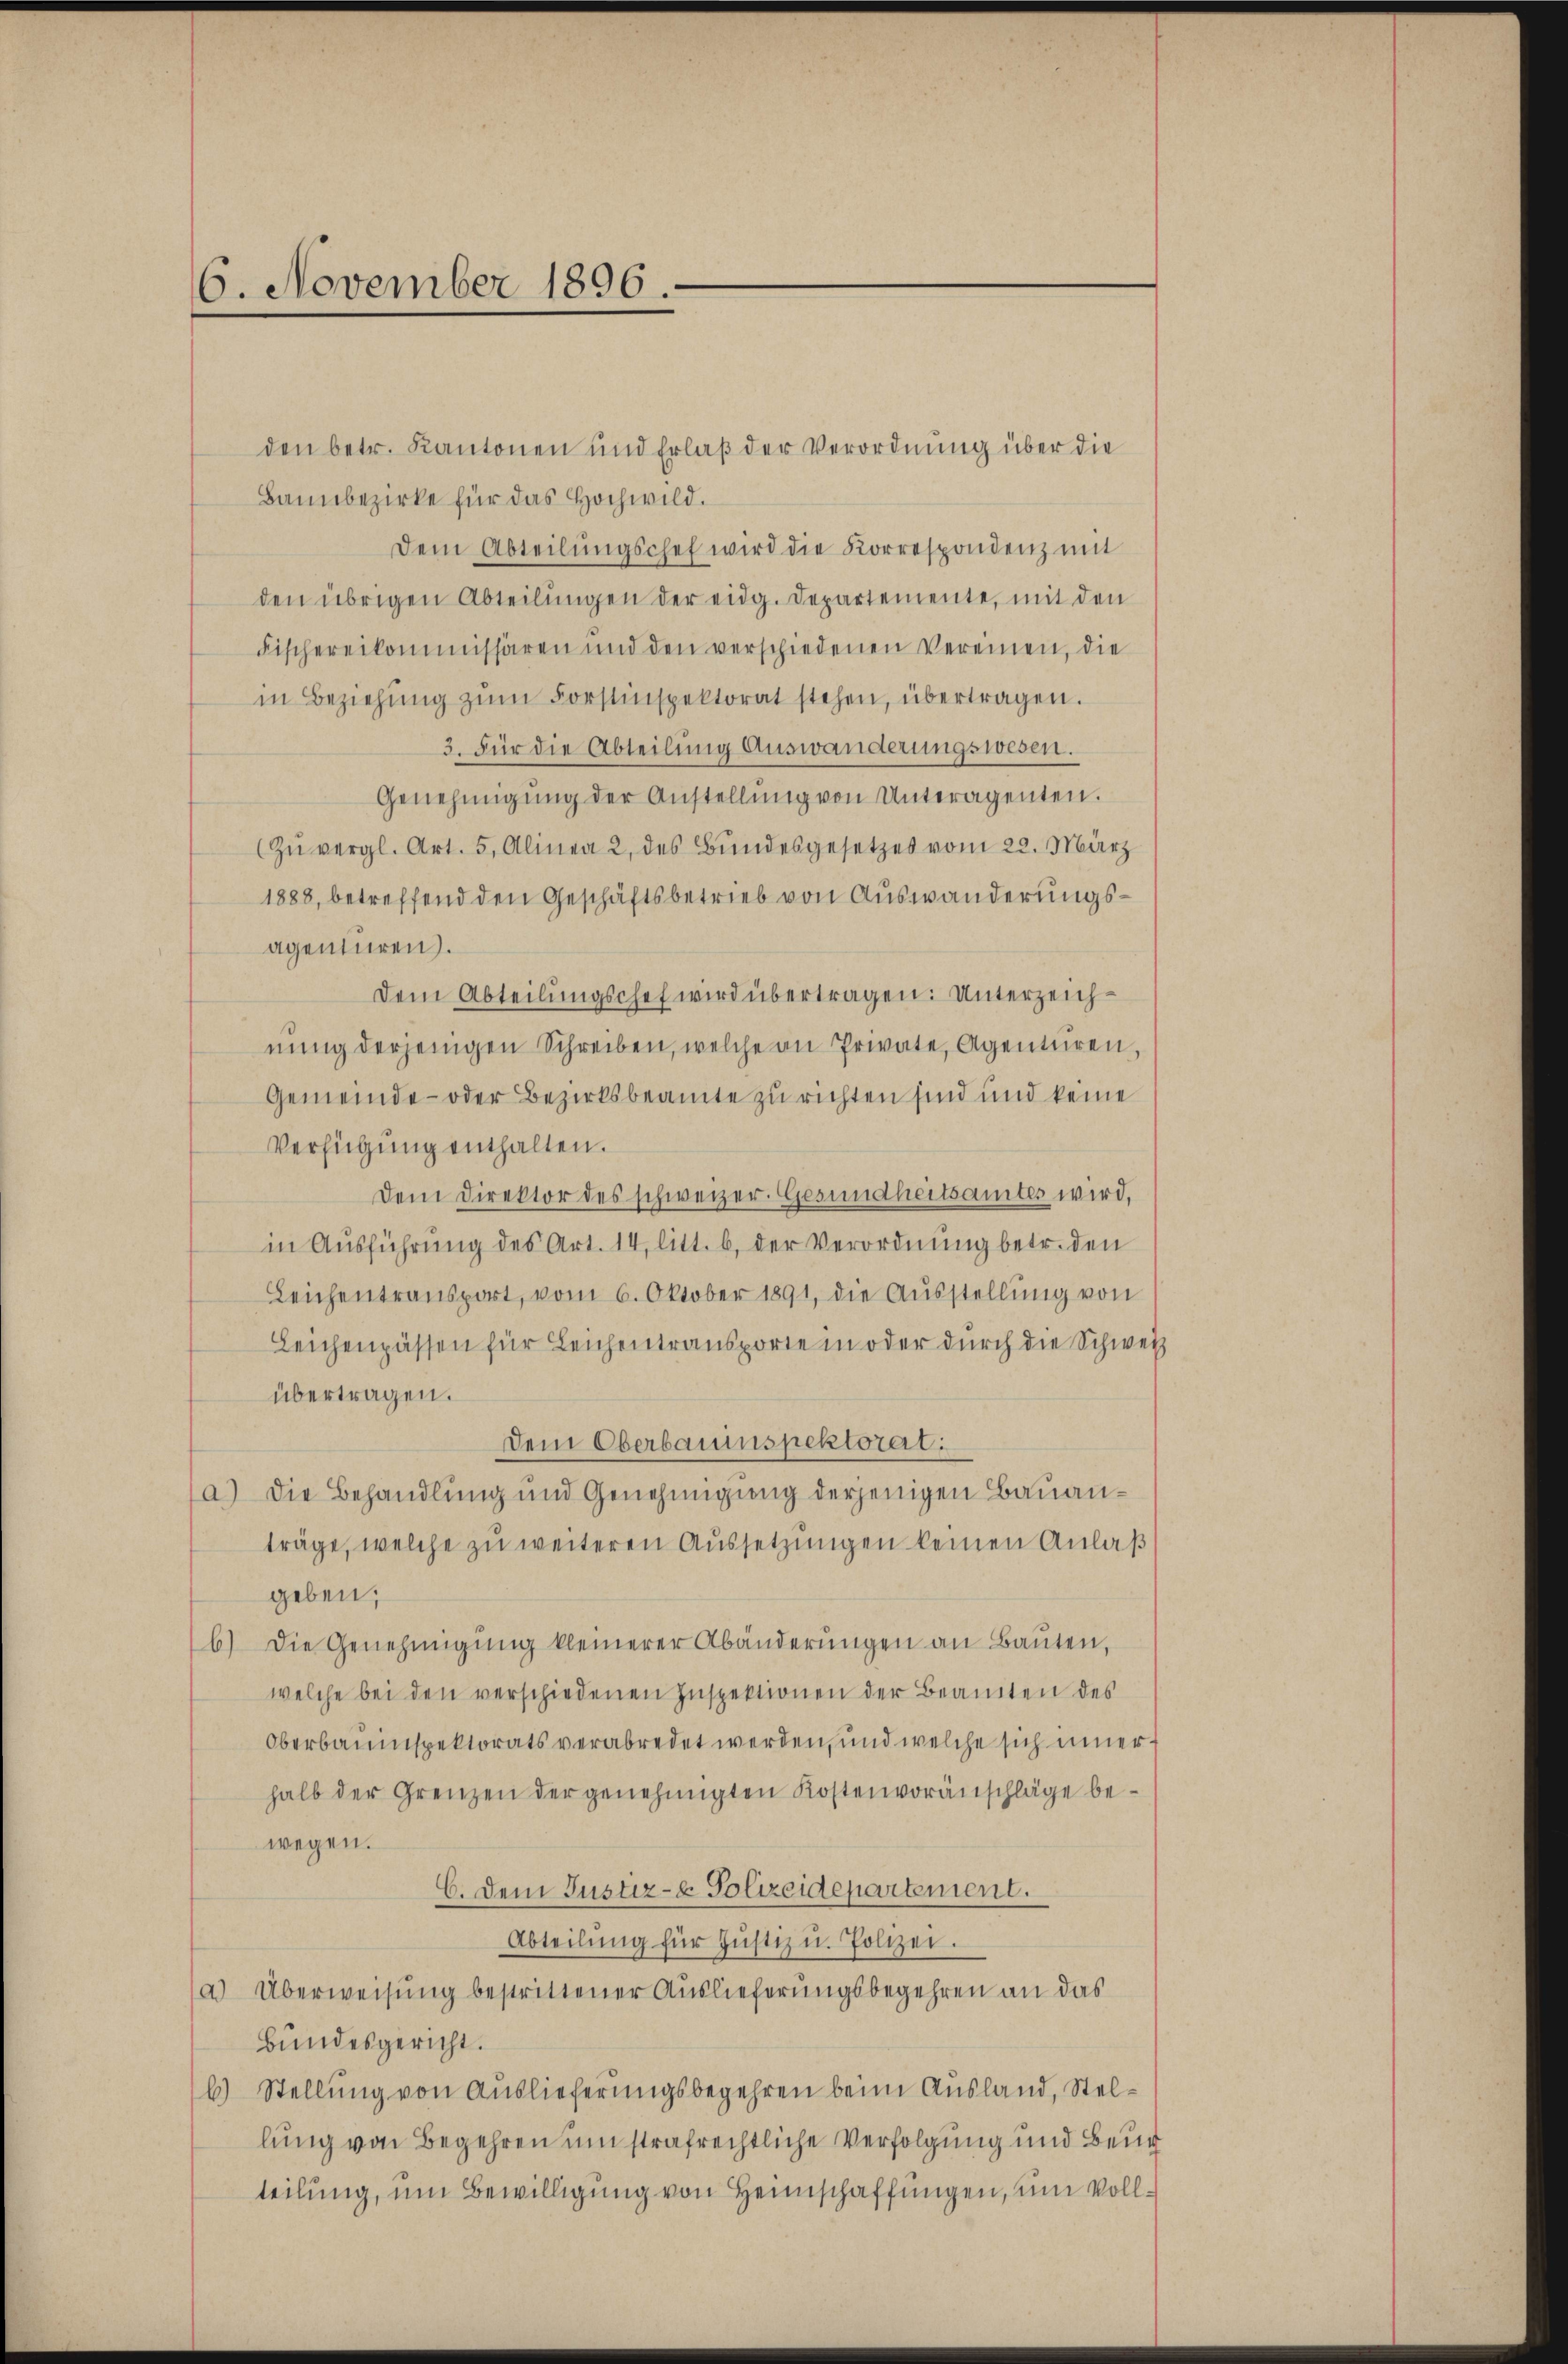
6. November 1896.

den betr. Kantonen und Erlaß der Verordnung über die
Bannbezirke für das Hochwild.
Dem Abteilŭngschef wird die Korrespondenz mit
den übrigen Abteilungen der eidg. Departemente, mit den
Fischereikommissären und den verschiedenen Vereinen, die
in Beziehŭng zŭm Forstinspektorat stehen, übertragen.
3. Für die Abteilung Auswanderungswesen.
Genehmigŭng der Anstellŭng von Unteragenten.
(Zŭ vergl. Art. 5, Alinea 2 des Bundesgesetzes vom 22. März
1883, betreffend den Geschäftsbetrieb von Auswanderungsagentiren.
Dem Abteilungschef wird übertragen: Unterzeichnung derjenigen Schreiben, welche an Private, Agenturen,
Gemeinde- oder Bezirksbeamte zu richten sind und keine
Verfügung enthalten.
Dem Direktor des schweizer. Gesundheitsamtes wird,
in Ausführung des Art. 14, litt. b. der Verordnung betr. den
Leichentransport, vom 6. Oktober 1891, die Ausstellung von
Leichenpässen für Leichentransporte in oder durch die Schwei
übertragen.
Dem Oberbauinspektorat:
a.) Die Behandlung und Genehmigung derjenigen Bauanträge, welche zu weiteren Aussetzungen keinen Anlaß
geben;
6) Die Genehmigŭng kleinerer Abänderŭngen an Baŭten,
welche bei den verschiedenen Inspektionen der Beamten des
Oberbauinspektorats verabredet werden, und welche sich innerhalb der Grenzen der genehmigten Kostenvoranschläge bewegen.
C. Dem Justiz- & Polizeidepartement.
Abteilung für Justiz u. Polizei.
a) Überweisung bestrittener Auslieferungsbegehren an das
Bundesgericht.
6) Stellung von Auslieferungsbegehren beim Ausland, Stellung von Begehren um strafrechtliche Verfolgung und Beur
teilung, um Bewilligung von Heimschaffungen, um Voll¬